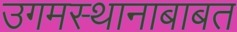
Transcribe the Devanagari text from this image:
उगमस्थानाबाबत